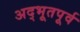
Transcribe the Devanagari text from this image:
अद्भूतपूर्व